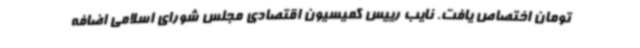
تومان اختصاص یافت. نایب رییس کمیسیون اقتصادی مجلس شورای اسلامی اضافه